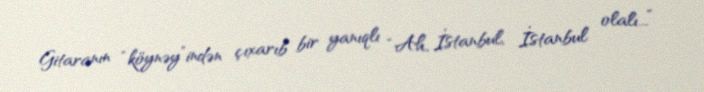
Gitaranın “köynəy”indən çıxarıb bir yanıqlı “Ah, İstanbul, İstanbul olalı...”